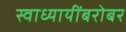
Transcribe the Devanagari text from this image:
स्वाध्यायींबरोबर